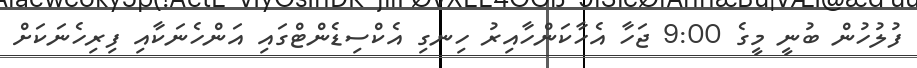
ފުލުހުން ބުނީ މީގެ 9:00 ޖަހާ އެހާކަންހާއިރު ހިނގި އެކްސިޑެންޓްގައި އަންހެނަކާއި ފިރިހެނަކަށް